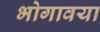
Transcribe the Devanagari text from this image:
भोगावया